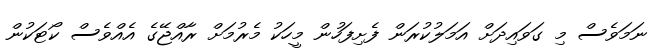
ނަމަވެސް މި ގަވައިދަށް އަމަލުކުރަން ފެށިފަހުން މީހަކު މެރުމަށް ރާއްޖޭގެ އެއްވެސް ކޯޓަކުން